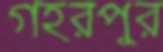
গহরপুর